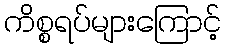
ကိစ္စရပ်များကြောင့်